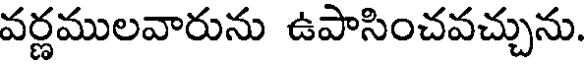
వర్ణములవారును ఉపాసించవచ్చును.